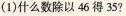
(1)什么数除以46得35？